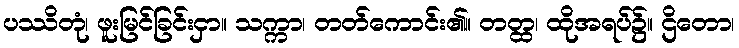
ပဿိတုံ၊ ဖူးမြင်ခြင်းငှာ။ သက္ကာ၊ တတ်ကောင်း၏။ တတ္ထ၊ ထိုအရပ်၌။ ဌိတော၊